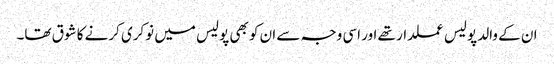
ان کے والد پولیس عملدار تھے اور اسی وجہ سے ان کو بھی پولیس میں نوکری کرنے کا شوق تھا۔